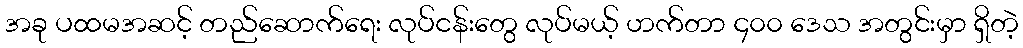
အခု ပထမအဆင့် တည်ဆောက်ရေး လုပ်ငန်းတွေ လုပ်မယ့် ဟက်တာ ၄၀၀ ဒေသ အတွင်းမှာ ရှိတဲ့